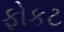
ફોકટ